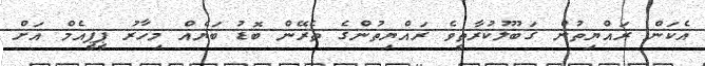
އެކަން ރައްޔިތުން ގަބޫލުކުރާތީވެ ރައްޔިތުންގެ ތެރޭން ބޮޑު ބަޔެއް މިހާރު ޕީޕީއެމް އަށް